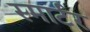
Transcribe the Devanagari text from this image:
स्मार्टर